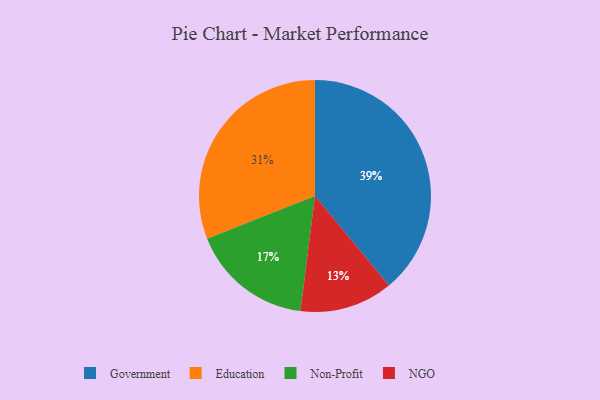
{"axis": {"x": "Category", "y": "Percentage"}, "legend": ["Education", "Government", "NGO", "Non-Profit"], "data": [{"x": "Government", "y": 39, "type": "Government"}, {"x": "Education", "y": 31, "type": "Education"}, {"x": "Non-Profit", "y": 17, "type": "Non-Profit"}, {"x": "NGO", "y": 13, "type": "NGO"}]}